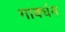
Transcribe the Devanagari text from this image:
गावर्धन